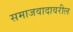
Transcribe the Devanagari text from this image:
समाजवादावरील